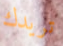
تريدك